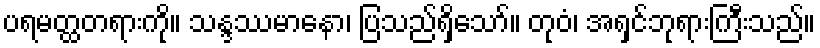
ပရမတ္ထတရားကို။ သန္ဒဿမာနော၊ ပြသည်ရှိသော်။ တုဝံ၊ အရှင်ဘုရားကြီးသည်။